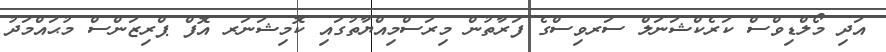
އަދި މޯލްޑިވްސް ކަރެކްޝަނަލް ސަރވިސްގެ ފަރާތުން މިރަސްމިއްޔާތުގައި ކޮމިޝަނަރ އޮފް ޕްރިޒަންސް މުޙައްމަދު